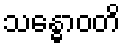
သန္ဓောဝတိ